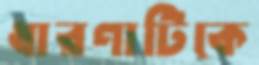
ধারণাটিকে